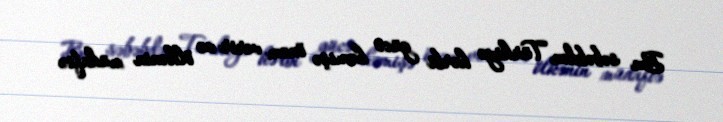
Bu səbəbdən Türkiyə hərbi gücə həmişə önəm verir və ölkənin müdafiə